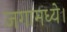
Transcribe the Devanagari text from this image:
जगामध्ये।